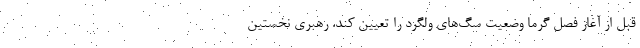
قبل از آغاز فصل گرما وضعیت سگ‌های ولگرد را تعیین کند. رهبری نخستین